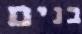
בנים